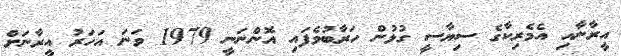
އީރާނާއި އެމެރިކާގެ ސިޔާސީ ގުޅުން ހަރާބުވެފައި އޮންނަނީ 1979 ވަނަ އަހަރު އީރާނަށް